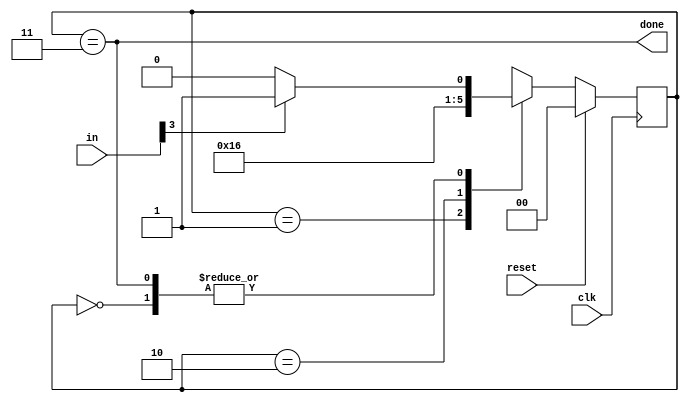
//2022_11_9 kerong
//PS/2 packet parser
module top_module(
    input clk,
    input [7:0] in,
    input reset,    // Synchronous reset
    output done); //

    reg [1:0] state, next_state;
    parameter S0 = 2'b00;
    parameter S1 = 2'b01;
    parameter S2 = 2'b10;
    parameter S3 = 2'b11;
    // State transition logic (combinational)
    always @(*) begin
        case (state)
            S0 : next_state = in[3] ? S1 : S0;
            S1 : next_state = S2;
            S2 : next_state = S3;
            S3 : next_state = in[3] ? S1 : S0;
        endcase
    end
    // State flip-flops (sequential)
    always @(posedge clk) begin
        if(reset)begin
            state <= S0;
        end
        else begin
            state <= next_state;
        end
    end
    // Output logic
    assign done = (state == S3);
endmodule